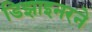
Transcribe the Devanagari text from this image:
डिझाइनरने